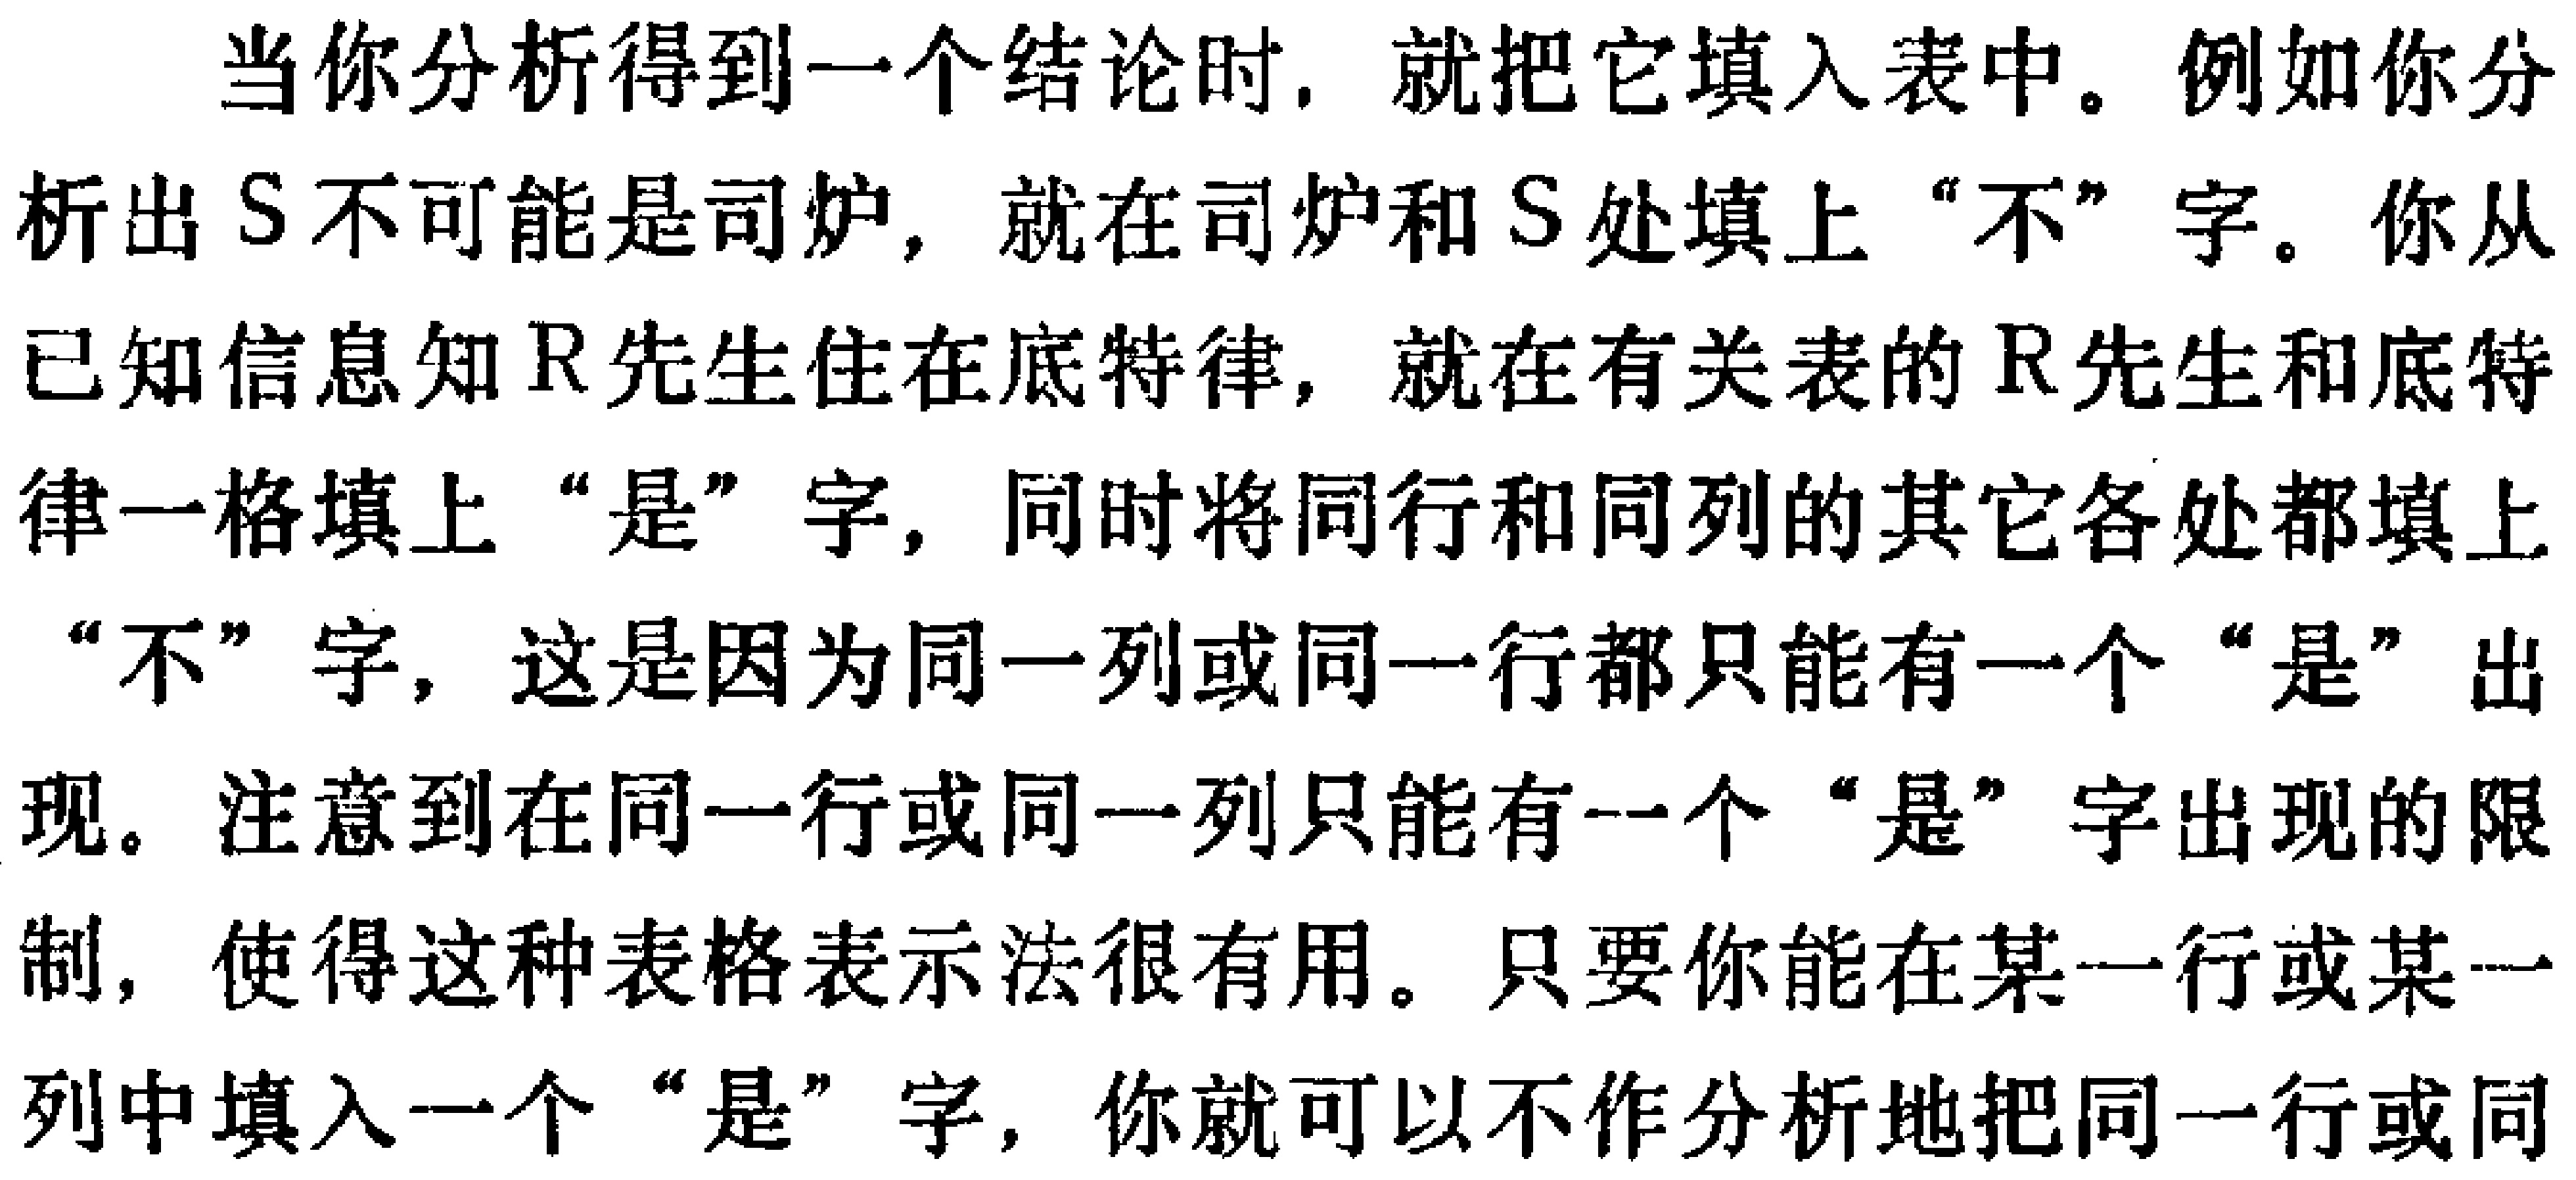
当你分析得到一个结论时，就把它填入表中。例如你分析出\(S\)不可能是司炉，就在司炉和\(S\)处填上“不”字。你从已知信息知\(R\)先生住在底特律，就在有关表的\(R\)先生和底特律一格填上“是”字，同时将同行和同列的其它各处都填上“不”字，这是因为同一列或同一行都只能有一个“是”出现。注意到在同一行或同一列只能有一个“是”字出现的限制，使得这种表格表示法很有用。只要你能在某一行或某一列中填入一个“是”字，你就可以不作分析地把同一行或同